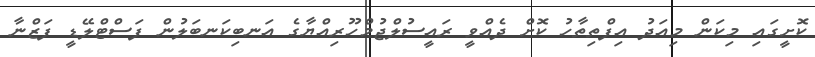
ކޮށީގައި މިކަން މިއަދު އިފްތިތާހު ކޮށް ދެއްވީ ރައީސުލްޖުމްހޫރިއްޔާގެ އަނބިކަނބަލުން ފަސްޓްލޭޑީ ފަޒްނާ